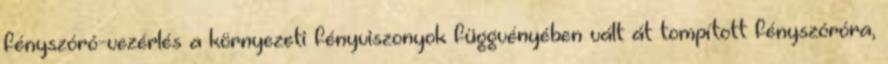
fényszóró-vezérlés a környezeti fényviszonyok függvényében vált át tompított fényszóróra,